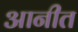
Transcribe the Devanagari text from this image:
आनीत